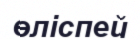
өліспей